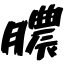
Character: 膿